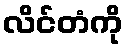
လိင်တံကို